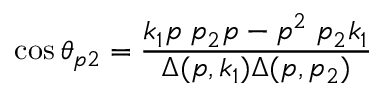
\cos \theta _ { p 2 } = { \frac { k _ { 1 } p \; p _ { 2 } p - p ^ { 2 } \; p _ { 2 } k _ { 1 } } { \Delta ( p , k _ { 1 } ) \Delta ( p , p _ { 2 } ) } }